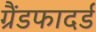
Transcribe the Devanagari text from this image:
ग्रैंडफादर्ड